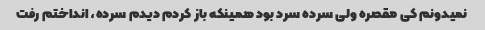
نمیدونم کی مقصره ولی سرده سرد بود همینکه باز کردم دیدم سرده، انداختم رفت